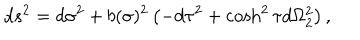
LaTeX: d s ^ { 2 } = d \sigma ^ { 2 } + b ( \sigma ) ^ { 2 } \left( - d \tau ^ { 2 } + \cosh ^ { 2 } \tau d \Omega _ { 2 } ^ { 2 } \right) ,